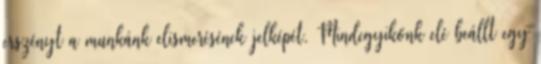
erszényt a munkánk elismerésének jelképét. Mindegyikőnk elé beállt egy